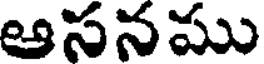
ఆసనము